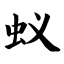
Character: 蚁